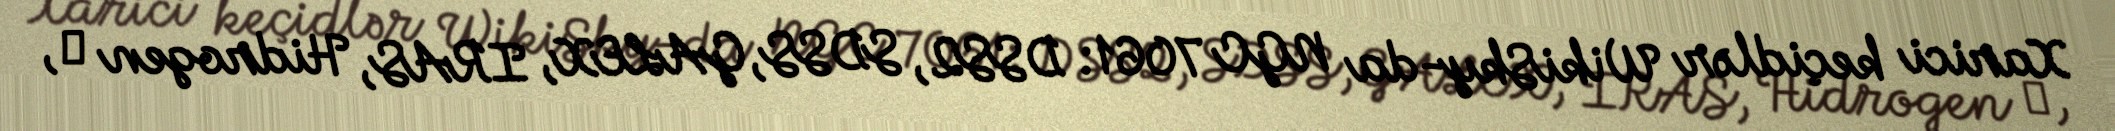
Xarici keçidlər WikiSky-da NGC 7061: DSS2, SDSS, GALEX, IRAS, Hidrogen α,